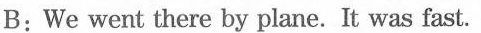
B: We went there by plane. It was fast.